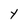
Character: Y